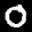
Label: 0